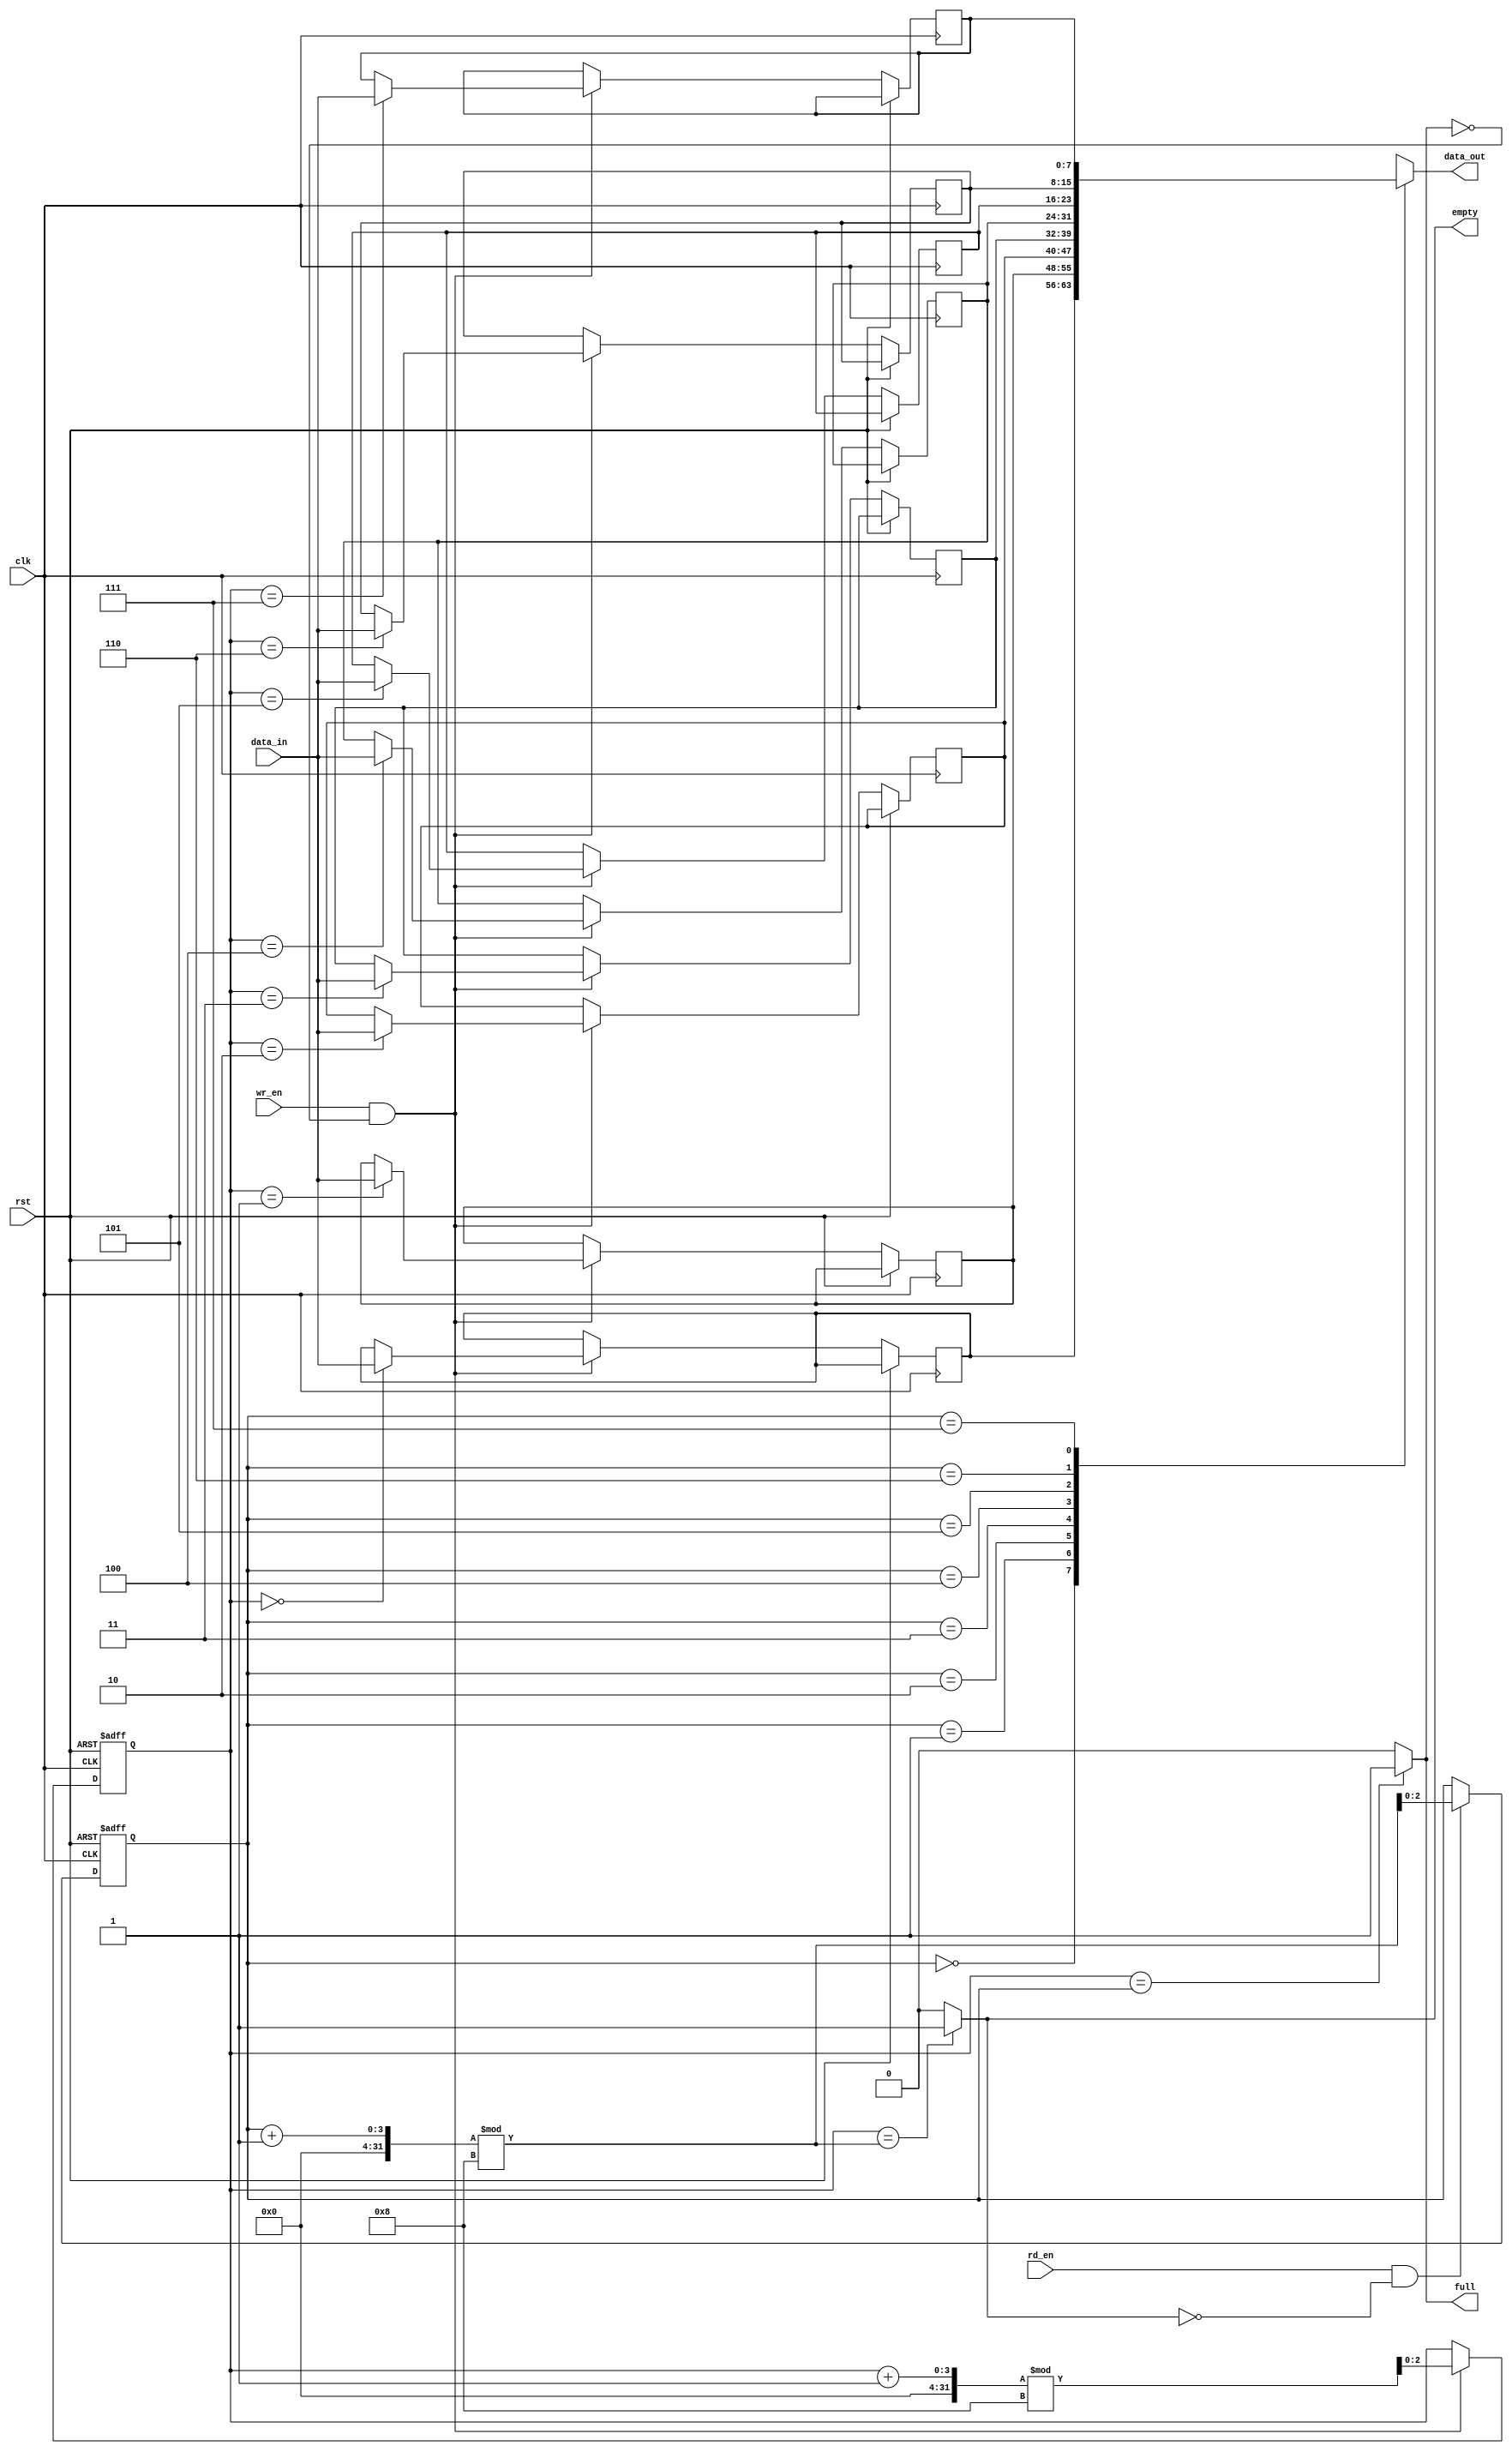
module synchronous_fifo (
  input wire clk,
  input wire rst,
  input wire wr_en,
  input wire rd_en,
  input wire [7:0] data_in,
  output wire [7:0] data_out,
  output wire full,
  output wire empty
);

parameter SIZE = 8;

reg [7:0] buffer [0:SIZE-1];
reg [2:0] write_pointer = 3'b000;
reg [2:0] read_pointer = 3'b000;

assign data_out = buffer[read_pointer];
assign full = (write_pointer == read_pointer) ? 1 : 0;
assign empty = (write_pointer == ((read_pointer + 1) % SIZE)) ? 1 : 0;

always @(posedge clk or posedge rst) begin
  if (rst) begin
    write_pointer <= 3'b000;
    read_pointer <= 3'b000;
  end else begin
    if (wr_en && !full) begin
      buffer[write_pointer] <= data_in;
      write_pointer <= (write_pointer + 1) % SIZE;
    end
    if (rd_en && !empty) begin
      read_pointer <= (read_pointer + 1) % SIZE;
    end
  end
end

endmodule